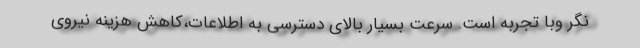
نگر وبا تجربه است. سرعت بسیار بالای دسترسی به اطلاعات،کاهش هزینه نیروی